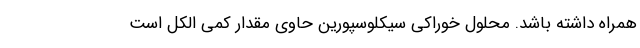
همراه داشته باشد. محلول خوراکی سیکلوسپورین حاوی مقدار کمی الکل است